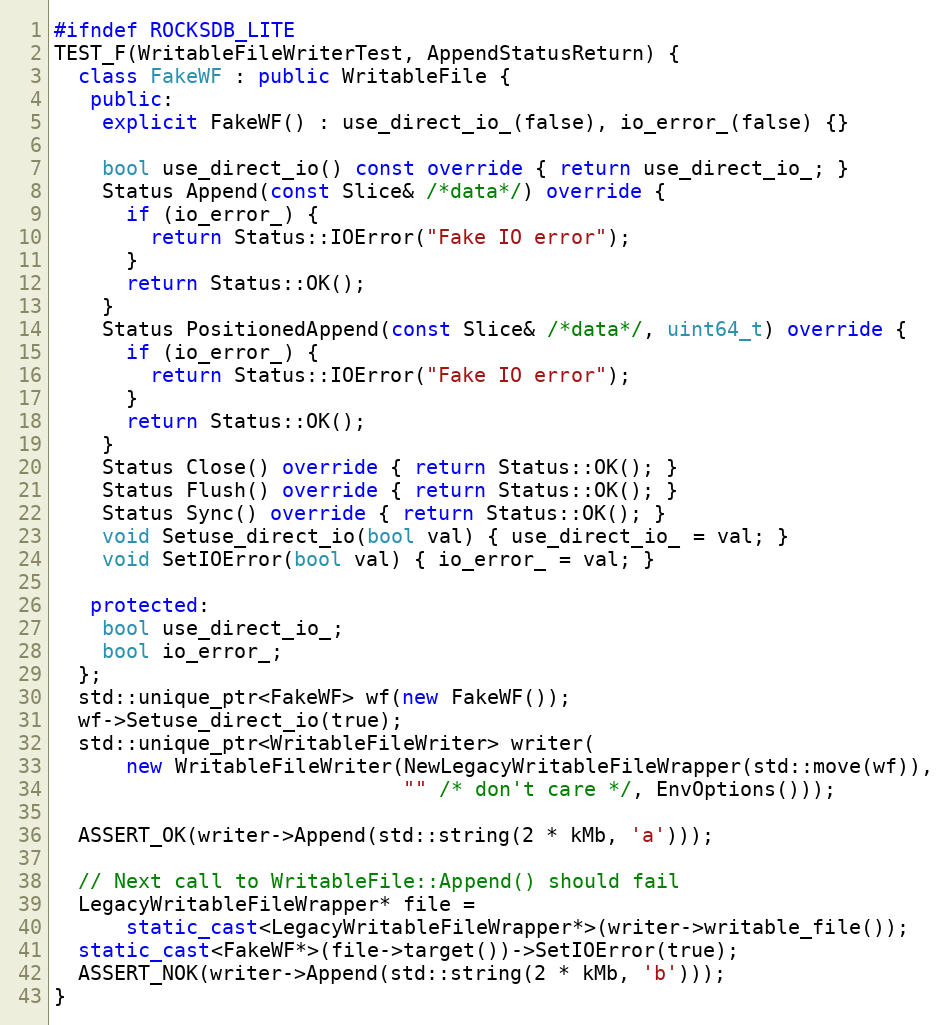
Language: C++
#ifndef ROCKSDB_LITE
TEST_F(WritableFileWriterTest, AppendStatusReturn) {
  class FakeWF : public WritableFile {
   public:
    explicit FakeWF() : use_direct_io_(false), io_error_(false) {}

    bool use_direct_io() const override { return use_direct_io_; }
    Status Append(const Slice& /*data*/) override {
      if (io_error_) {
        return Status::IOError("Fake IO error");
      }
      return Status::OK();
    }
    Status PositionedAppend(const Slice& /*data*/, uint64_t) override {
      if (io_error_) {
        return Status::IOError("Fake IO error");
      }
      return Status::OK();
    }
    Status Close() override { return Status::OK(); }
    Status Flush() override { return Status::OK(); }
    Status Sync() override { return Status::OK(); }
    void Setuse_direct_io(bool val) { use_direct_io_ = val; }
    void SetIOError(bool val) { io_error_ = val; }

   protected:
    bool use_direct_io_;
    bool io_error_;
  };
  std::unique_ptr<FakeWF> wf(new FakeWF());
  wf->Setuse_direct_io(true);
  std::unique_ptr<WritableFileWriter> writer(
      new WritableFileWriter(NewLegacyWritableFileWrapper(std::move(wf)),
                             "" /* don't care */, EnvOptions()));

  ASSERT_OK(writer->Append(std::string(2 * kMb, 'a')));

  // Next call to WritableFile::Append() should fail
  LegacyWritableFileWrapper* file =
      static_cast<LegacyWritableFileWrapper*>(writer->writable_file());
  static_cast<FakeWF*>(file->target())->SetIOError(true);
  ASSERT_NOK(writer->Append(std::string(2 * kMb, 'b')));
}